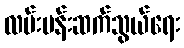
လမ်းပန်းဆက်သွယ်ရေး